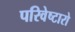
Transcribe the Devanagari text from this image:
परिवेष्टारो